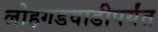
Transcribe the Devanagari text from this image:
लोहगडवाडीपर्यंत